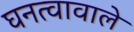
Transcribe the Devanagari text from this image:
घनत्वावाले